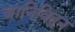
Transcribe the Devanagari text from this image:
जानिवितून